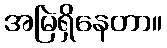
အမြဲရှိနေတာ။